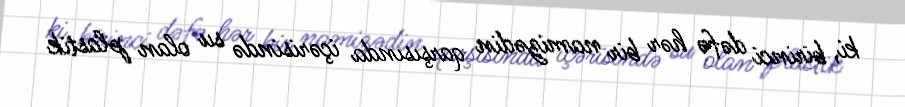
ki, birinci dəfə hər bir namizədin qarşısında içərisində su olan plastik